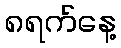
၈ရက်နေ့